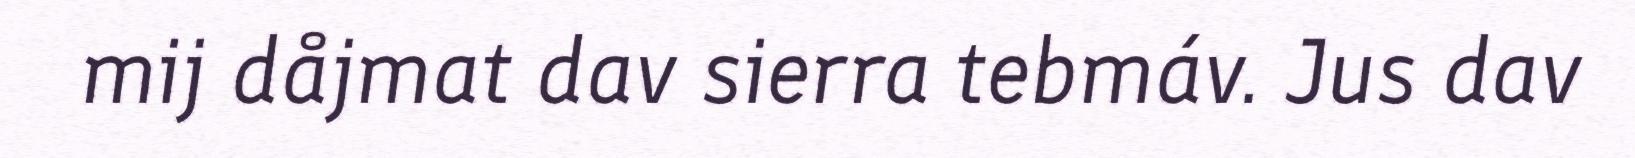
mij dåjmat dav sierra tebmáv. Jus dav